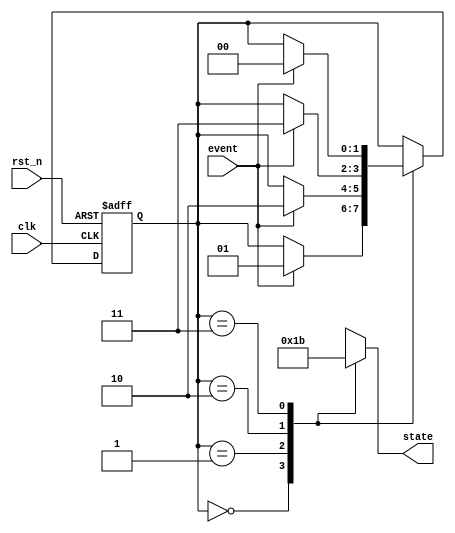
module fsm_example (
    input wire clk,          // Clock signal
    input wire rst_n,       // Active low reset signal
    input wire event,       // Input event for state transitions
    output reg [1:0] state  // Output state
);

// State definition using parameter constants
parameter IDLE      = 2'b00;
parameter STATE_A   = 2'b01;
parameter STATE_B   = 2'b10;
parameter STATE_C   = 2'b11;

// State register for current state
reg [1:0] current_state;

// Sequential logic for state transitions
always @(posedge clk or negedge rst_n) begin
    if (!rst_n) begin
        // On reset, initialize to the predefined initial state
        current_state <= IDLE; // Initial state
    end else begin
        // State transition logic
        case (current_state)
            IDLE: begin
                if (event) begin
                    current_state <= STATE_A;
                end
            end
            STATE_A: begin
                if (event) begin
                    current_state <= STATE_B;
                end
            end
            STATE_B: begin
                if (event) begin
                    current_state <= STATE_C;
                end
            end
            STATE_C: begin
                if (event) begin
                    current_state <= IDLE;
                end
            end
            default: current_state <= IDLE; // Fallback to initial state
        endcase
    end
end

// Output logic based on current state
always @(*) begin
    case (current_state)
        IDLE:   state = IDLE;
        STATE_A: state = STATE_A;
        STATE_B: state = STATE_B;
        STATE_C: state = STATE_C;
        default: state = IDLE;
    endcase
end

endmodule